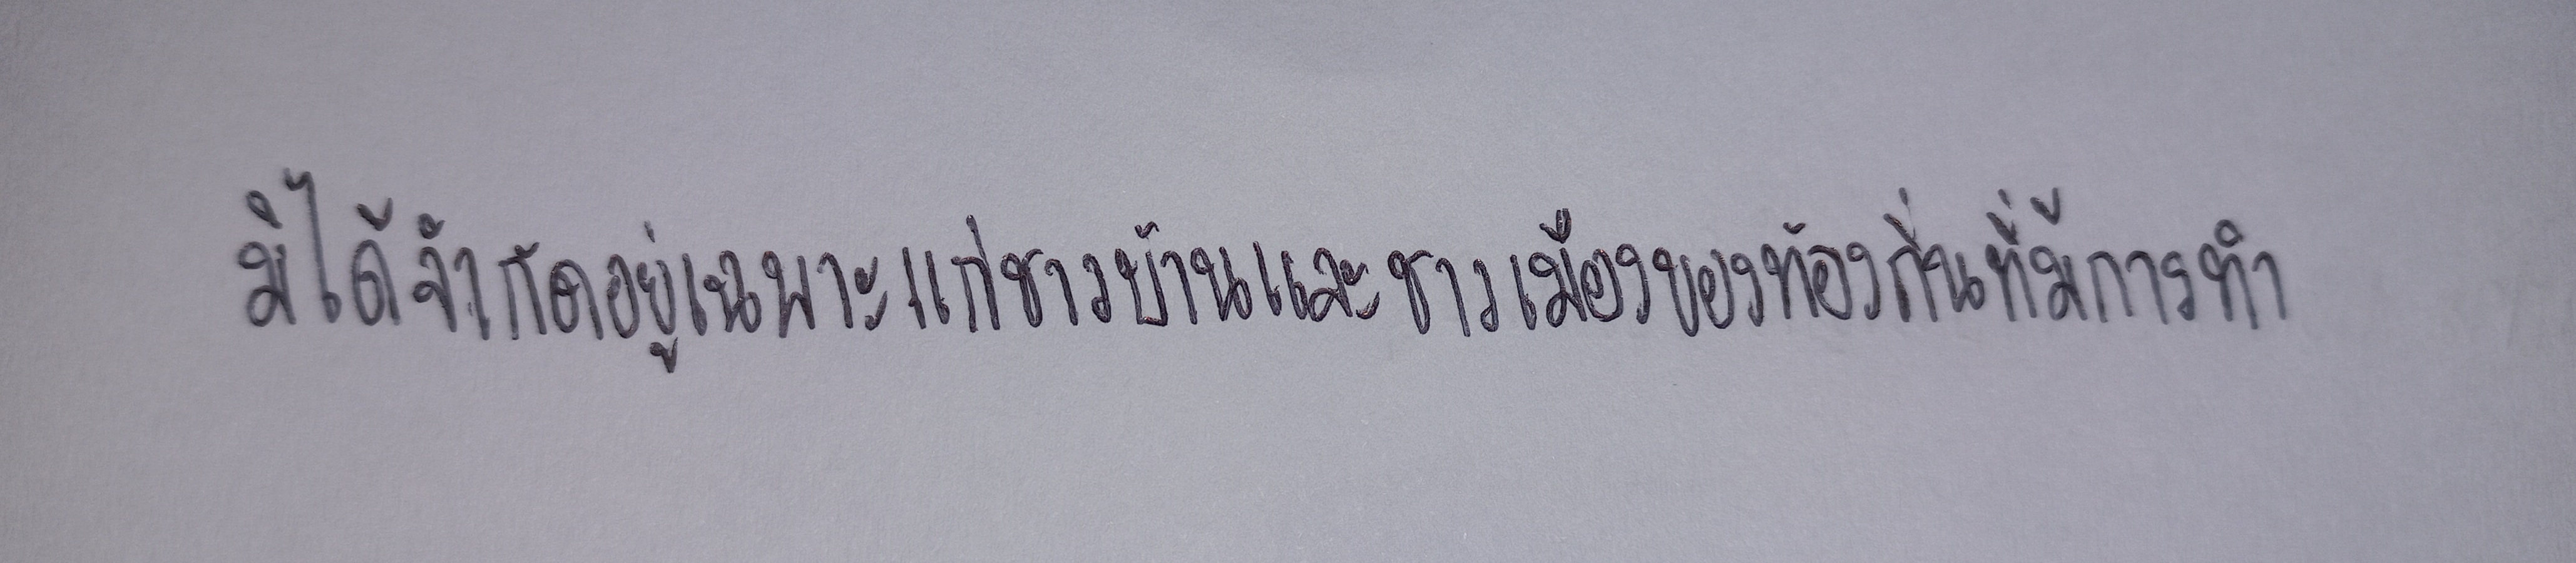
มิได้จำกัดอยู่เฉพาะแก่ชาวบ้านและชาวเมืองของท้องถิ่นที่มีการทำ